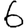
Digit: 6